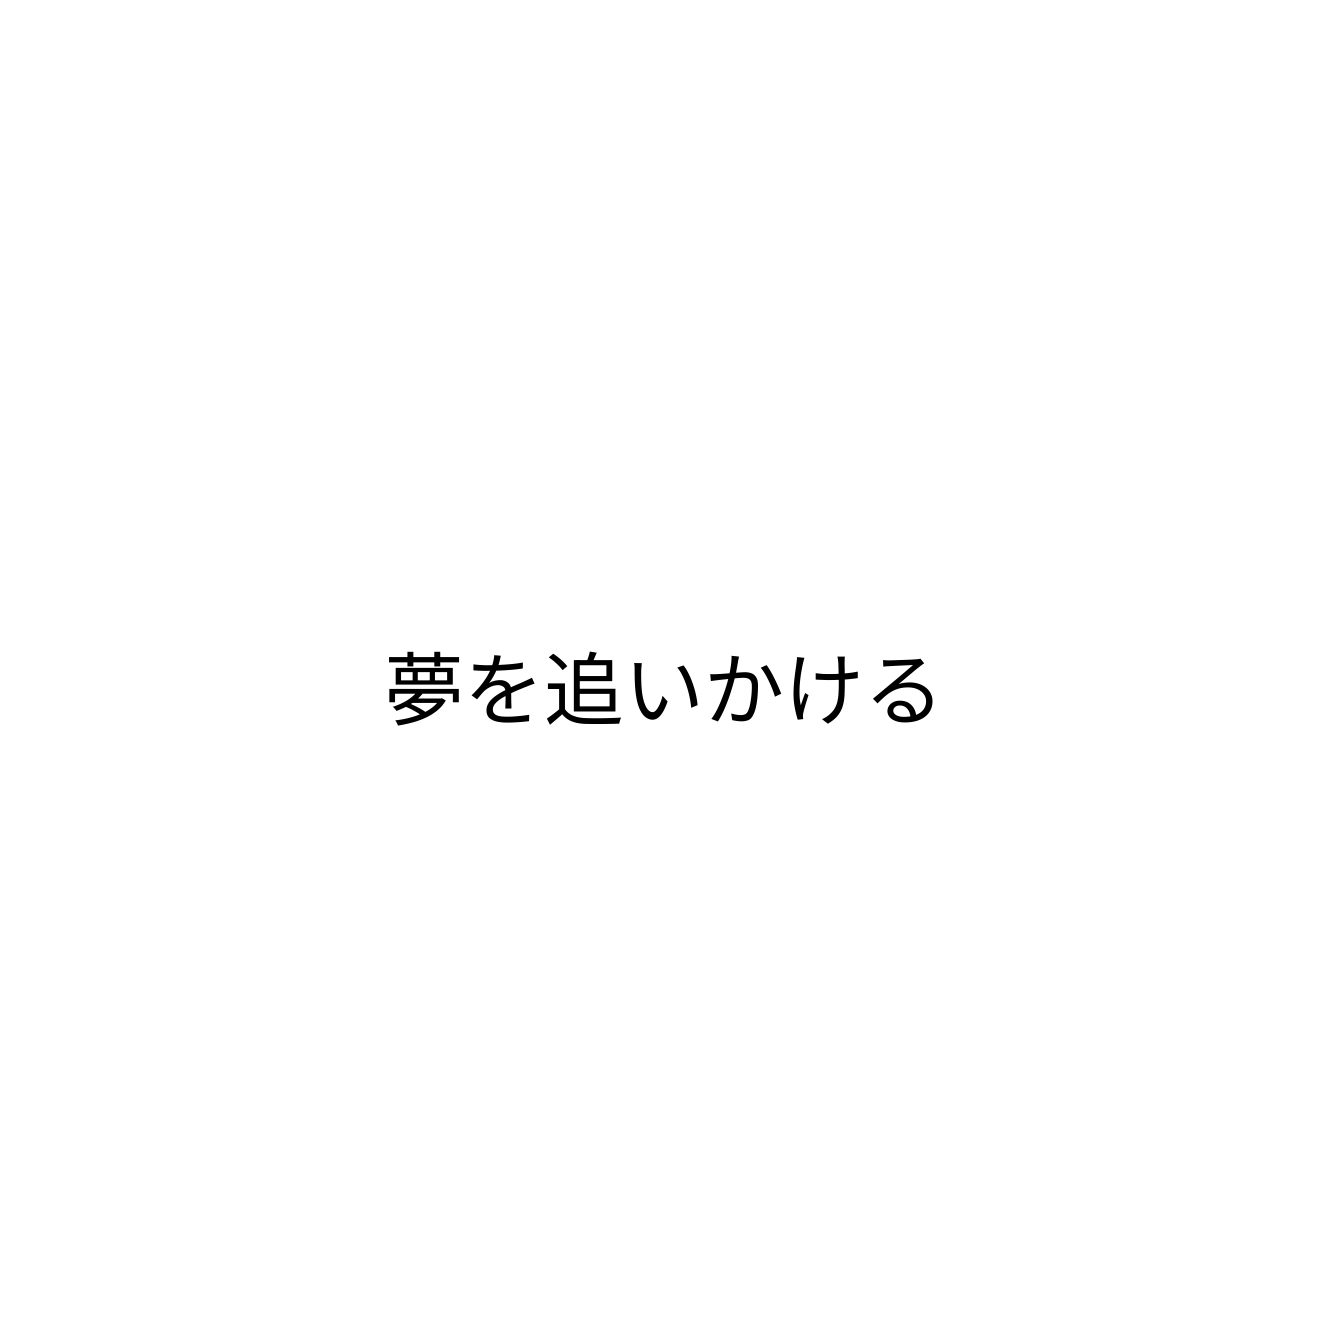
夢を追いかける